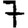
Digit: 7